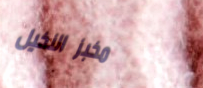
مخبز النخيل